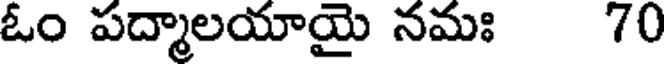
ఓం పద్మాలయాయై నమః 70